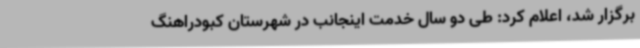
برگزار شد، اعلام کرد: طی دو سال خدمت اینجانب در شهرستان کبودراهنگ